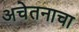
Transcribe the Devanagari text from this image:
अचेतनाचा